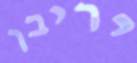
יריבן